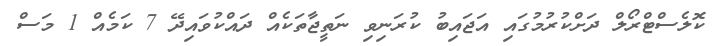
ކޮލެސްޓްރޯލް ދަށްކުރުމުގައި އަޖައިބު ކުރަނިވި ނަތީޖާތަކެއް ދައްކުވައިދޭ 7 ކަމެއް 1 މަސް